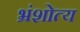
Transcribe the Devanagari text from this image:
भ्रंशोत्य